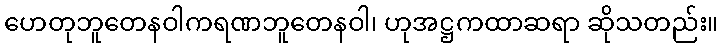
ဟေတုဘူတေနဝါကရဏဘူတေနဝါ၊ ဟုအဋ္ဌကထာဆရာ ဆိုသတည်း။